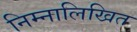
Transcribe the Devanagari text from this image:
निम्नालिखित